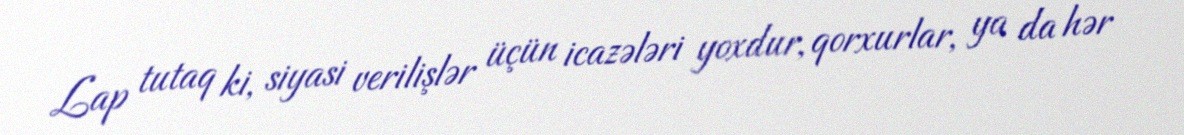
Lap tutaq ki, siyasi verilişlər üçün icazələri yoxdur, qorxurlar, ya da hər